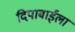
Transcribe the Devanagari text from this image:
दिपाबाईला